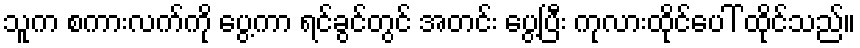
သူက စကားလက်ကို ပွေ့ကာ ရင်ခွင်တွင် အတင်း ပွေ့ပြီး ကုလားထိုင်ပေါ် ထိုင်သည်။